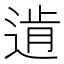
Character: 𨔑